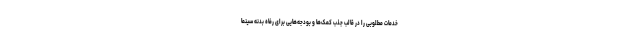
خدمات مطلوبی را در قالب جذب کمک‌ها و بودجه‌هایی برای رفاه بدنه سینما